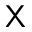
\mathsf { X }